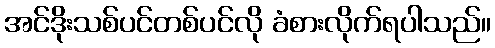
အင်ဒိုးသစ်ပင်တစ်ပင်လို ခံစားလိုက်ရပါသည်။